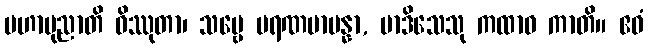
မဟာပုညာတိ ဝိဿုတာ၊ သဗ္ဗေ မရဏမာပန္နာ, မာဒိသေသု ကထာဝ ကာတိ။ ဧဝံ